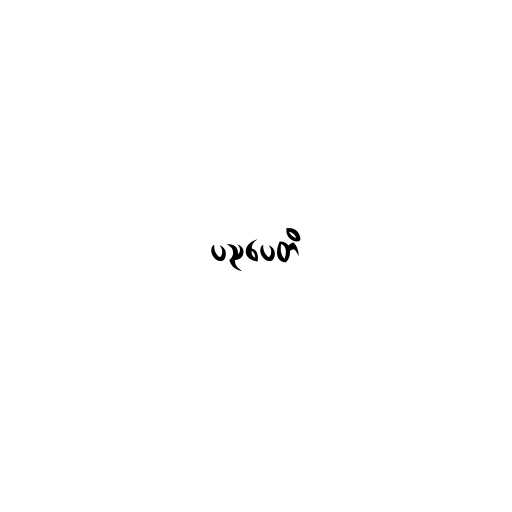
ပညပေတိ